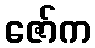
ဇော်က